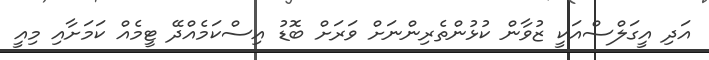
އަދި އީގަލްސްއަކީ ޒުވާން ކުޅުންތެރިންނަށް ވަރަށް ބޮޑު އިސްކަމެއްދޭ ޓީމެއް ކަމަށާއި މިއީ